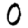
Digit: 0